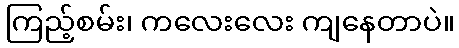
ကြည့်စမ်း၊ ကလေးလေး ကျနေတာပဲ။